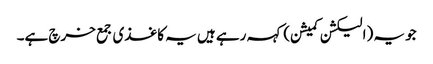
جو یہ (الیکشن کمیشن) کہہ رہے ہیں یہ کاغذی جمع خرچ ہے۔